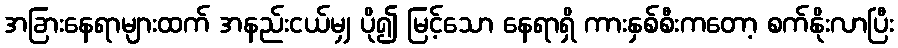
အခြားနေရာများထက် အနည်းငယ်မျှ ပို၍ မြင့်သော နေရာရှိ ကားနှစ်စီးကတော့ စက်နိုးလာပြီး